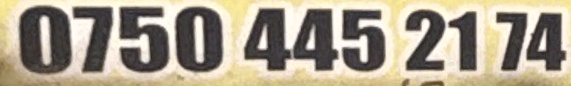
0750 445 21 74